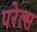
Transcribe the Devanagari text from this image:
परेल्स